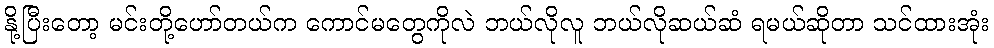
နို့ပြီးတော့ မင်းတို့ဟော်တယ်က ကောင်မတွေကိုလဲ ဘယ်လိုလူ ဘယ်လိုဆယ်ဆံ ရမယ်ဆိုတာ သင်ထားအုံး